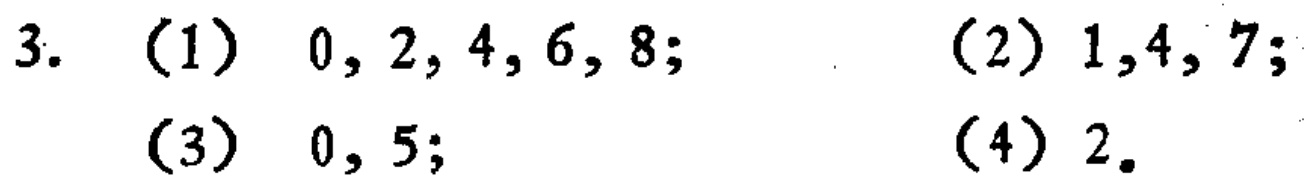
3. (1) \(0, 2, 4, 6, 8\); (2) \(1, 4, 7\); (3) \(0, 5\); (4) \(2\).